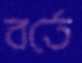
বর্তে